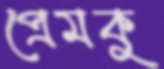
প্রেমকু